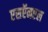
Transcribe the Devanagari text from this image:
एसऍनएल